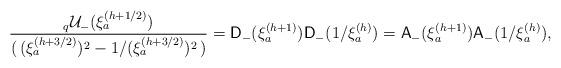
LaTeX: \begin{align*}\frac{_{q}\mathcal{U}_{-}(\xi _{a}^{(h+1/2)})}{(\,( \xi_{a}^{(h+3/2)}) ^{2}-1/( \xi _{a}^{(h+3/2)}) ^{2}\,)}=\mathsf{D}_{-}(\xi_{a}^{(h+1)})\mathsf{D}_{-}(1/\xi _{a}^{(h)})=\mathsf{A}_{-}(\xi_{a}^{(h+1)})\mathsf{A}_{-}(1/\xi _{a}^{(h)}),\end{align*}